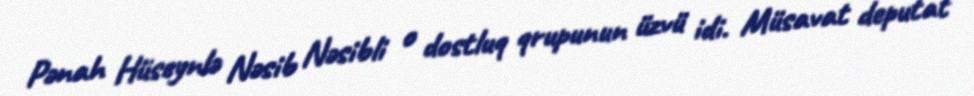
Pənah Hüseynlə Nəsib Nəsibli o dostluq qrupunun üzvü idi. Müsavat deputat